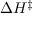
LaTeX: \Delta H ^ { \ddagger }